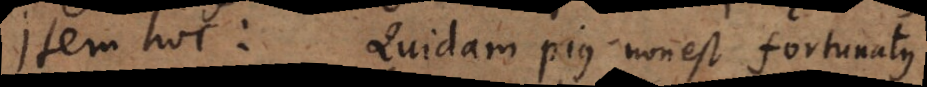
beatus. Quidam pius non est fortunatus.